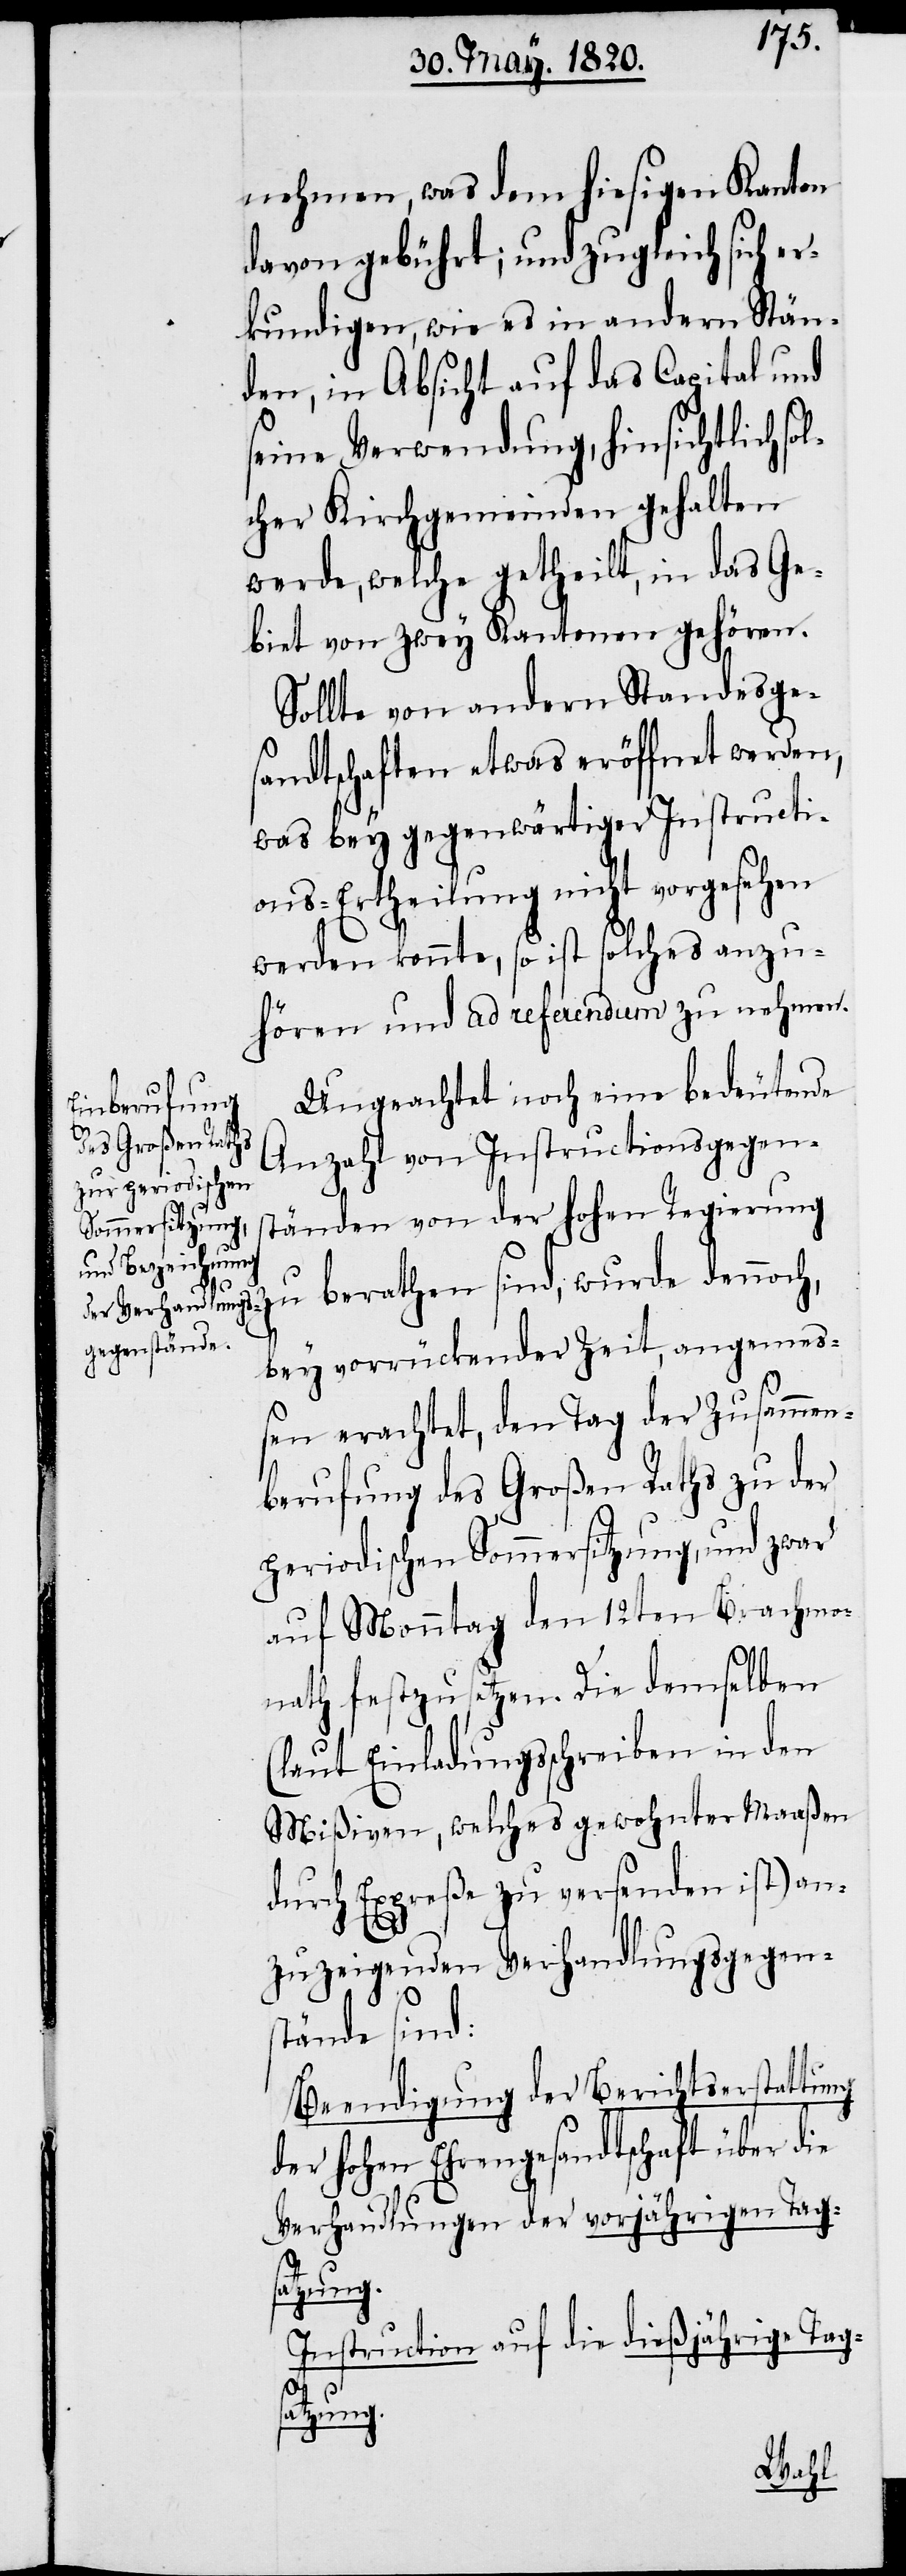
nehmen, was dem hiesigen Kanton
davon gebührt; und zugleich sich er¬
kundigen, wie es in andern Stän¬
den, in Absicht auf das Capital und
seine Verwendung, hinsichtlich so¬
lcher Kirchgemeinden gehalten
werde, welche getheilt, in das Ge¬
biet von zwey Kantonen gehören.
Sollte von andern Standesge¬
sandtschaften etwas eröffnet werden,
was bey gegenwärtiger Instructi¬
ons-Ertheilung nicht vorgesehen
werden könnte, so ist solches anzu¬
hören und das ad referendum zu nehmen.
Ungeachtet noch eine bedeutende
Anzahl von Instructionsgegens¬
tänden von der hohen Regierung
zu berathen sind, wurde dennoch,
bey vorrückender Zeit, angemes¬
sen erachtet, den Tag der Zusammen¬
berufung des Großen Raths zu der
periodischen Sommersitzung, und zwar
auf Monntag den 12ten Brachmo¬
nath festzusetzen. Die demselben
(laut Einladungsschreiben in den
Mißiven, welches gewohnter Maaßen
durch Expreße zu versenden ist) an¬
zuzeigenden Verhandlungsgegens¬
tände sind:
Beendigung der Berichtserstattung
der hohen Ehrengesandtschaft über die
Verhandlungen der vorjährigen Tags¬
atzung.
Instruction auf die dießjährige Tag¬
satzung.